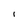
Character: i